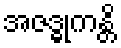
အဇဒ္ဓုကန္တိ